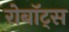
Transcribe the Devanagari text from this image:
रोबॉट्स